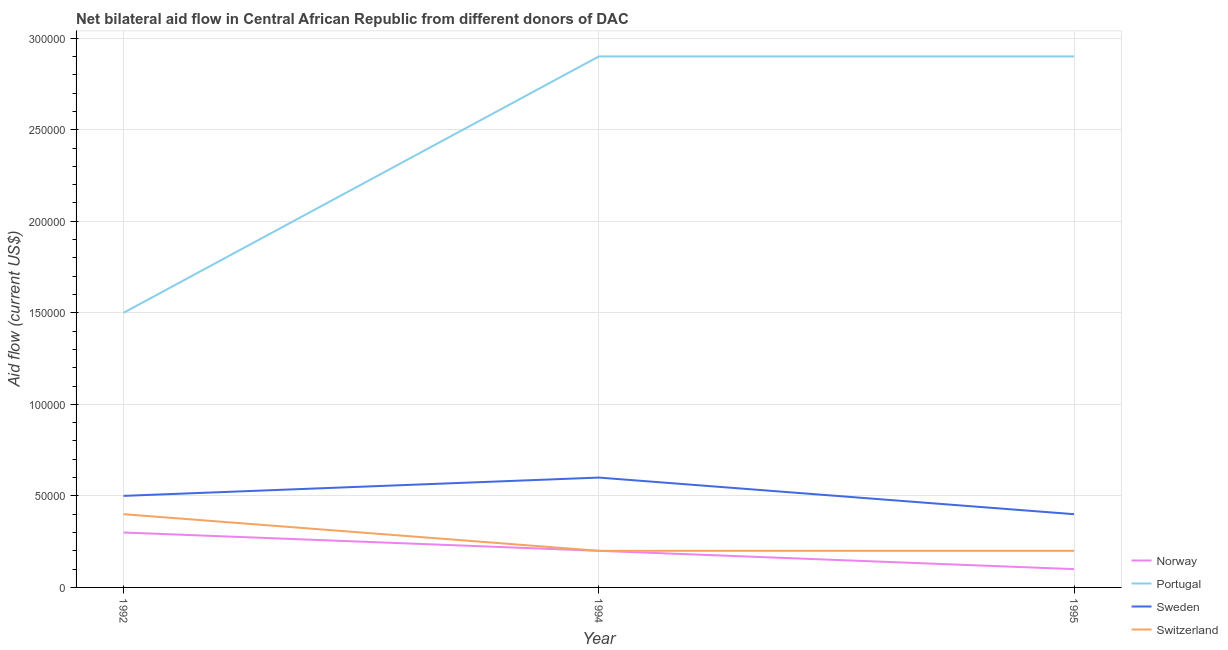
| Year | Norway | Portugal | Sweden | Switzerland |
 | --- | --- | --- | --- | --- |
 | 1992 | 3e+04 | 1.5e+05 | 5e+04 | 4e+04 |
 | 1994 | 2e+04 | 2.9e+05 | 6e+04 | 2e+04 |
 | 1995 | 1e+04 | 2.9e+05 | 4e+04 | 2e+04 |